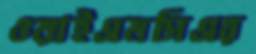
ওয়াইএমসিএর